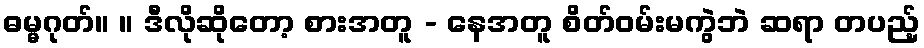
ဓမ္မဂုတ်။ ။ ဒီလိုဆိုတော့ စားအတူ - နေအတူ စိတ်ဝမ်းမကွဲဘဲ ဆရာ တပည့်